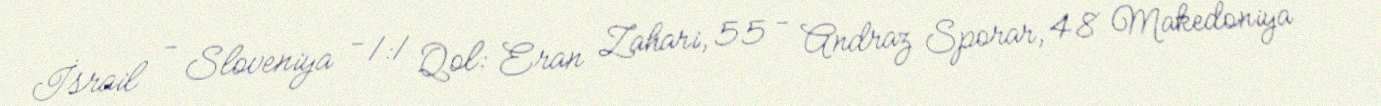
İsrail - Sloveniya - 1:1 Qol: Eran Zahari, 55 - Andraz Sporar, 48 Makedoniya -